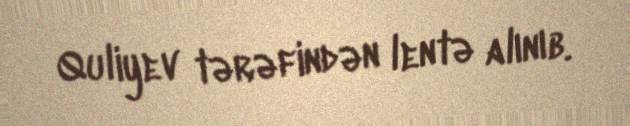
Quliyev tərəfindən lentə alınıb.